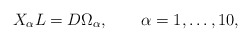
\begin{align*}X_{\alpha}L=D\Omega _{\alpha},\qquad \alpha =1,\ldots ,10 ,\end{align*}